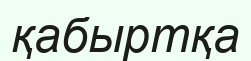
қабыртқа